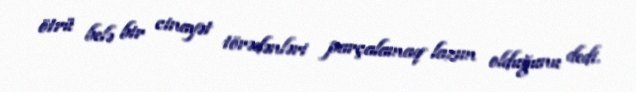
ötrü belə bir cinayət törədənləri parçalamaq lazım olduğunu dedi.